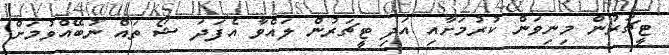
ޓީޗަރުން މިނިވަން ކުރުމަށާއި އަދި ޓީޗަރުން ލައްވާ އެފަދަ ޝޯ ތައް ނުބޭއްވުމަށް